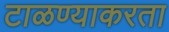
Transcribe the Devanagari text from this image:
टाळण्याकरता